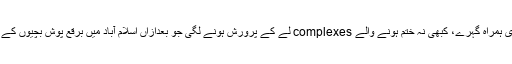
ملک میں تعلیمی درجہ بندی ہمراہ گہرے، کبھی نہ ختم ہونے والے complexes لے کے پرورش ہونے لگی جو بعدازاں اسلام آباد میں برقع پوش بچیوں کے ڈنڈا بردار انتقام کو پہنچی۔